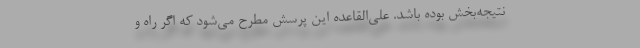
نتیجه‌بخش بوده باشد. علی‌القاعده این پرسش مطرح می‌شود که اگر راه و